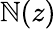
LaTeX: \mathbb{N}(z)